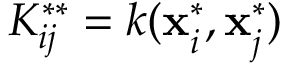
K _ { i j } ^ { * * } = k ( \mathbf { x } _ { i } ^ { * } , \mathbf { x } _ { j } ^ { * } )